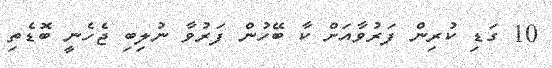
10 ގަޑި ކުރިން ފަރުވާއަށް ކާ ބޭހުން ފަރުވާ ނުލިބި ޖެހެނީ ބޮޑެތި